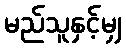
မည်သူနှင့်မျှ